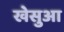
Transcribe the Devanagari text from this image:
खेसुआ